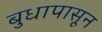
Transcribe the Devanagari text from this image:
बुधापासून